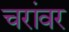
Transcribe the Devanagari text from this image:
चरांवर